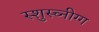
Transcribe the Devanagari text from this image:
स्शुस्च्नीग्ग